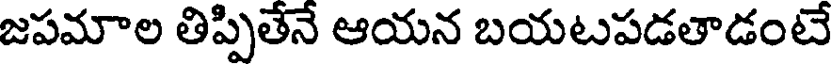
జపమాల తిప్పితేనే ఆయన బయటపడతాడంటే